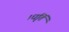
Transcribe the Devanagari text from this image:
।धृतिं